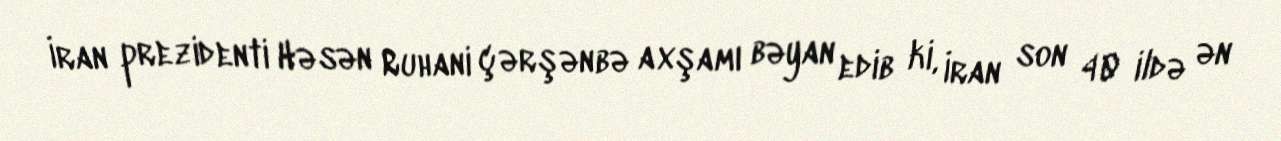
İran prezidenti Həsən Ruhani çərşənbə axşamı bəyan edib ki, İran son 40 ildə ən